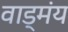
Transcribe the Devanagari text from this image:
वाड्मंय